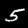
Digit: 5